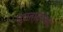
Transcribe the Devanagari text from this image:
पुरातात्विकों